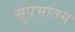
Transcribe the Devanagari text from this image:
सुप्रभातम